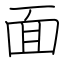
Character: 面